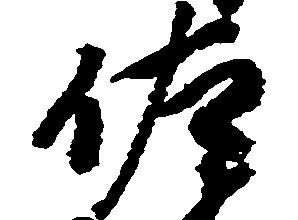
佐